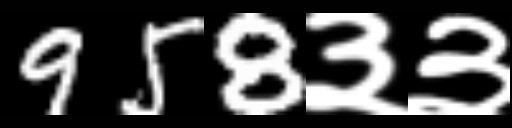
Text: 958३३